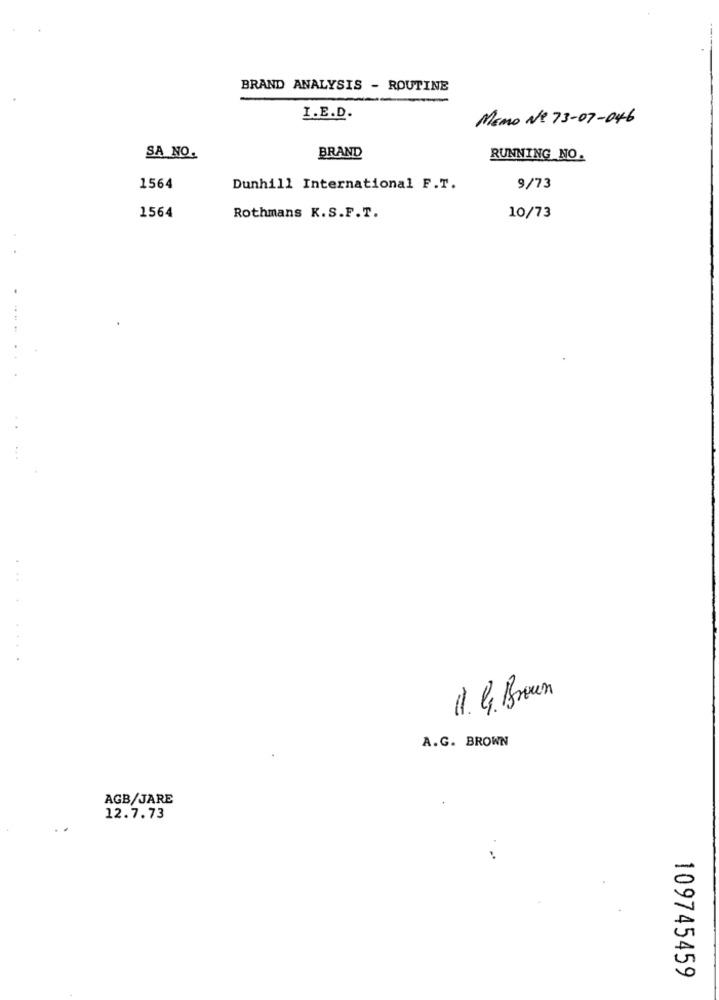
BRAND ANALYSIS - ROUTINE
I.E.D.
MEMO NO 73-07-046
SA NO.
BRAND
RUNNING NO.
1564
Dunhill International F.T.
9/73
1564
Rothmans K.S.F.T.
10/73
11. G. Brown
A.G. BROWN
AGB/JARE
12.7.73
109745459